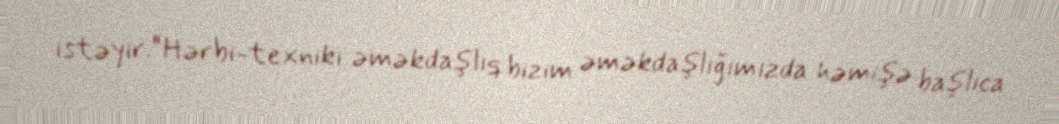
istəyir.“Hərbi-texniki əməkdaşlıq bizim əməkdaşlığımızda həmişə başlıca